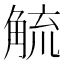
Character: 𮗲